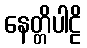
နေတ္တိပါဠိ